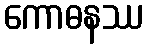
ကောဓနဿ